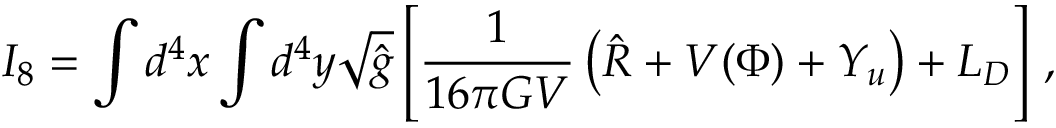
I _ { 8 } = \int d ^ { 4 } x \int d ^ { 4 } y \sqrt { \hat { g } } \left[ { \frac { 1 } { 1 6 \pi G V } } \left( \hat { R } + V ( \Phi ) + Y _ { u } \right) + { \cal L } _ { D } \right] \, ,